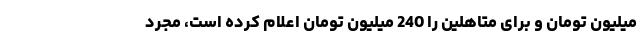
میلیون تومان و برای متاهلین را 240 میلیون تومان اعلام کرده است، مجرد